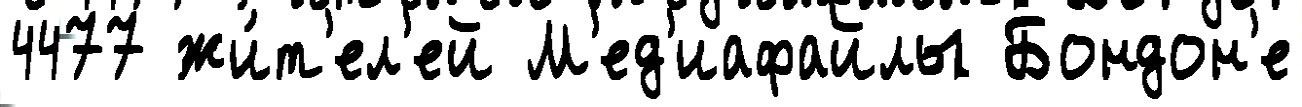
4477 жи́т'ел'ей М'ед'иафайлы Бондон'е